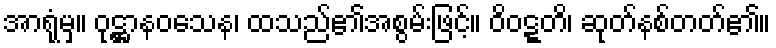
အာရုံမှ။ ဝုဋ္ဌာနဝသေန၊ ထသည်၏အစွမ်းဖြင့်။ ဝိဝဋ္ဋတိ၊ ဆုတ်နစ်တတ်၏။